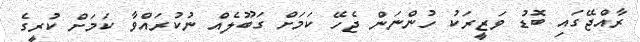
ރާއްޖޭގައި ބޮޑު ވަޒީރަކު ހުންނަން ޖެހޭ ކަމަށް ގަބޫލެއް ނުކުރައްވާ ކަމަށް ކުރީގެ